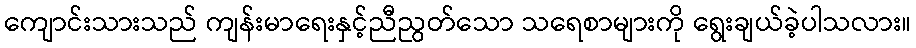
ကျောင်းသားသည် ကျန်းမာရေးနှင့်ညီညွတ်သော သရေစာများကို ရွေးချယ်ခဲ့ပါသလား။